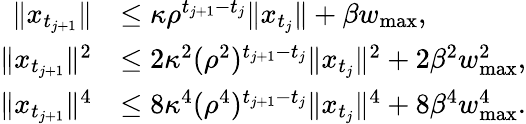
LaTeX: \begin{array}{rl}{\| x_{t_{j+1}}\| }&{\leq\kappa\rho^{t_{j+1}-t_{j}}\| x_{t_{j}}\| +\beta w_{\operatorname*{max}},}\\ {\| x_{t_{j+1}}\| ^{2}}&{\leq 2\kappa^{2}(\rho^{2})^{t_{j+1}-t_{j}}\| x_{t_{j}}\| ^{2}+2\beta^{2}w_{\operatorname*{max}}^{2},}\\ {\| x_{t_{j+1}}\| ^{4}}&{\leq 8\kappa^{4}(\rho^{4})^{t_{j+1}-t_{j}}\| x_{t_{j}}\| ^{4}+8\beta^{4}w_{\operatorname*{max}}^{4}.}\end{array}